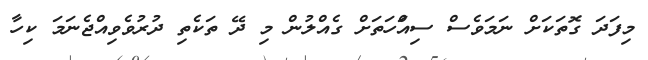
މިފަދަ ގޮތަކަށް ނަމަވެސް ސިއްަހަތަށް ގެއްލުން މި ދޭ ތަކެތި ދުރުވެވިއްޖެނަަމަ ކިހާ